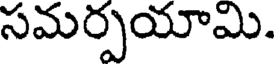
సమర్పయామి.